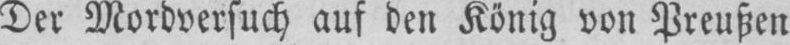
Der Mordversuch auf den König von Preußen